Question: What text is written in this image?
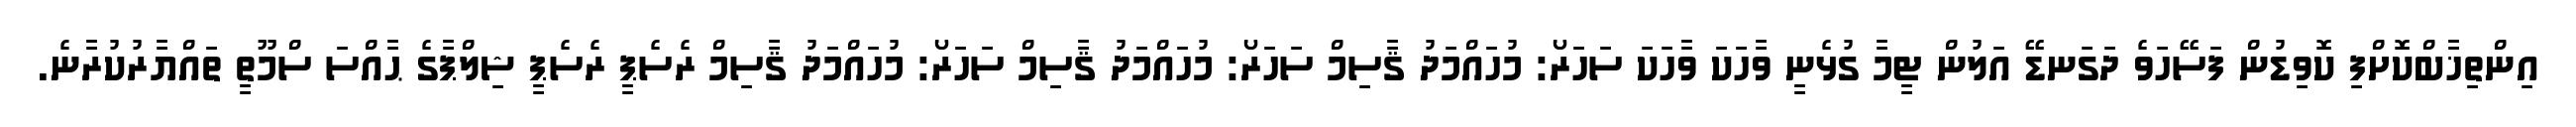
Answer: އިންތިޚާބްކޮށްފި ކޮވިޑުން ފަސޭހަވެ ދަގަނޑޭ އަލުން ޓީމާ ގުޅެނީ ވާހަކަ ވާހަކަ ސަހަރޯ: މުހައްމަދު ޤާސިމް ސަހަރޯ: މުހައްމަދު ޤާސިމް ސަހަރޯ: މުހައްމަދު ޤާސިމް ރެސެޕީ ރެސެޕީ ޝިލްޕާގެ ޙާއްސަ ސްމޫތީ ތައްޔާރުކުރާނެ.